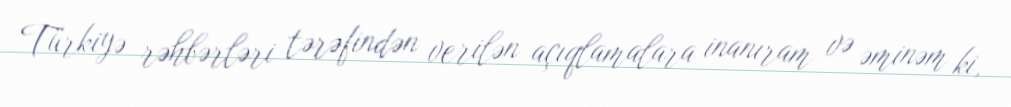
Türkiyə rəhbərləri tərəfindən verilən açıqlamalara inanıram və əminəm ki,